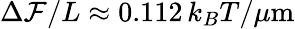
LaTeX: \Delta{\cal F}/L\approx 0.112\, k_{B}T/\mu\mathrm{m}